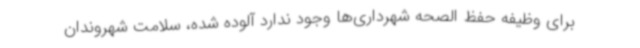
برای وظیفه حفظ الصحه شهرداری‌ها وجود ندارد آلوده شده، سلامت شهروندان